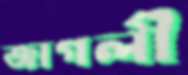
জাগলী